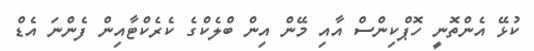
ކުޅޭ އެންތޮނީ ހޮޕްކިންސް އާއި މޭން އިން ބްލެކްގެ ކެރެކްޓާއިން ފެންނަ އެޑް